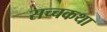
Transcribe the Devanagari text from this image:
सच्चकथा